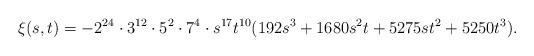
LaTeX: \begin{align*}\xi(s,t) = -2^{24}\cdot3^{12}\cdot5^2\cdot7^4\cdot s^{17}t^{10}(192s^3 + 1680s^2t + 5275st^2 + 5250t^3).\end{align*}